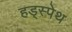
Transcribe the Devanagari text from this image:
हड्स्पेथ